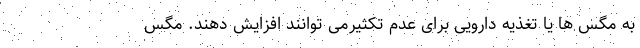
به مگس ها یا تغذیه دارویی برای عدم تکثیرمی توانند افزایش دهند. مگس